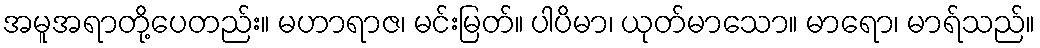
အမူအရာတို့ပေတည်း။ မဟာရာဇ၊ မင်းမြတ်။ ပါပိမာ၊ ယုတ်မာသော။ မာရော၊ မာရ်သည်။